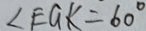
\angle E G K = 6 0 ^ { \circ }